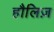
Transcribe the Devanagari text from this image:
हौलिज़